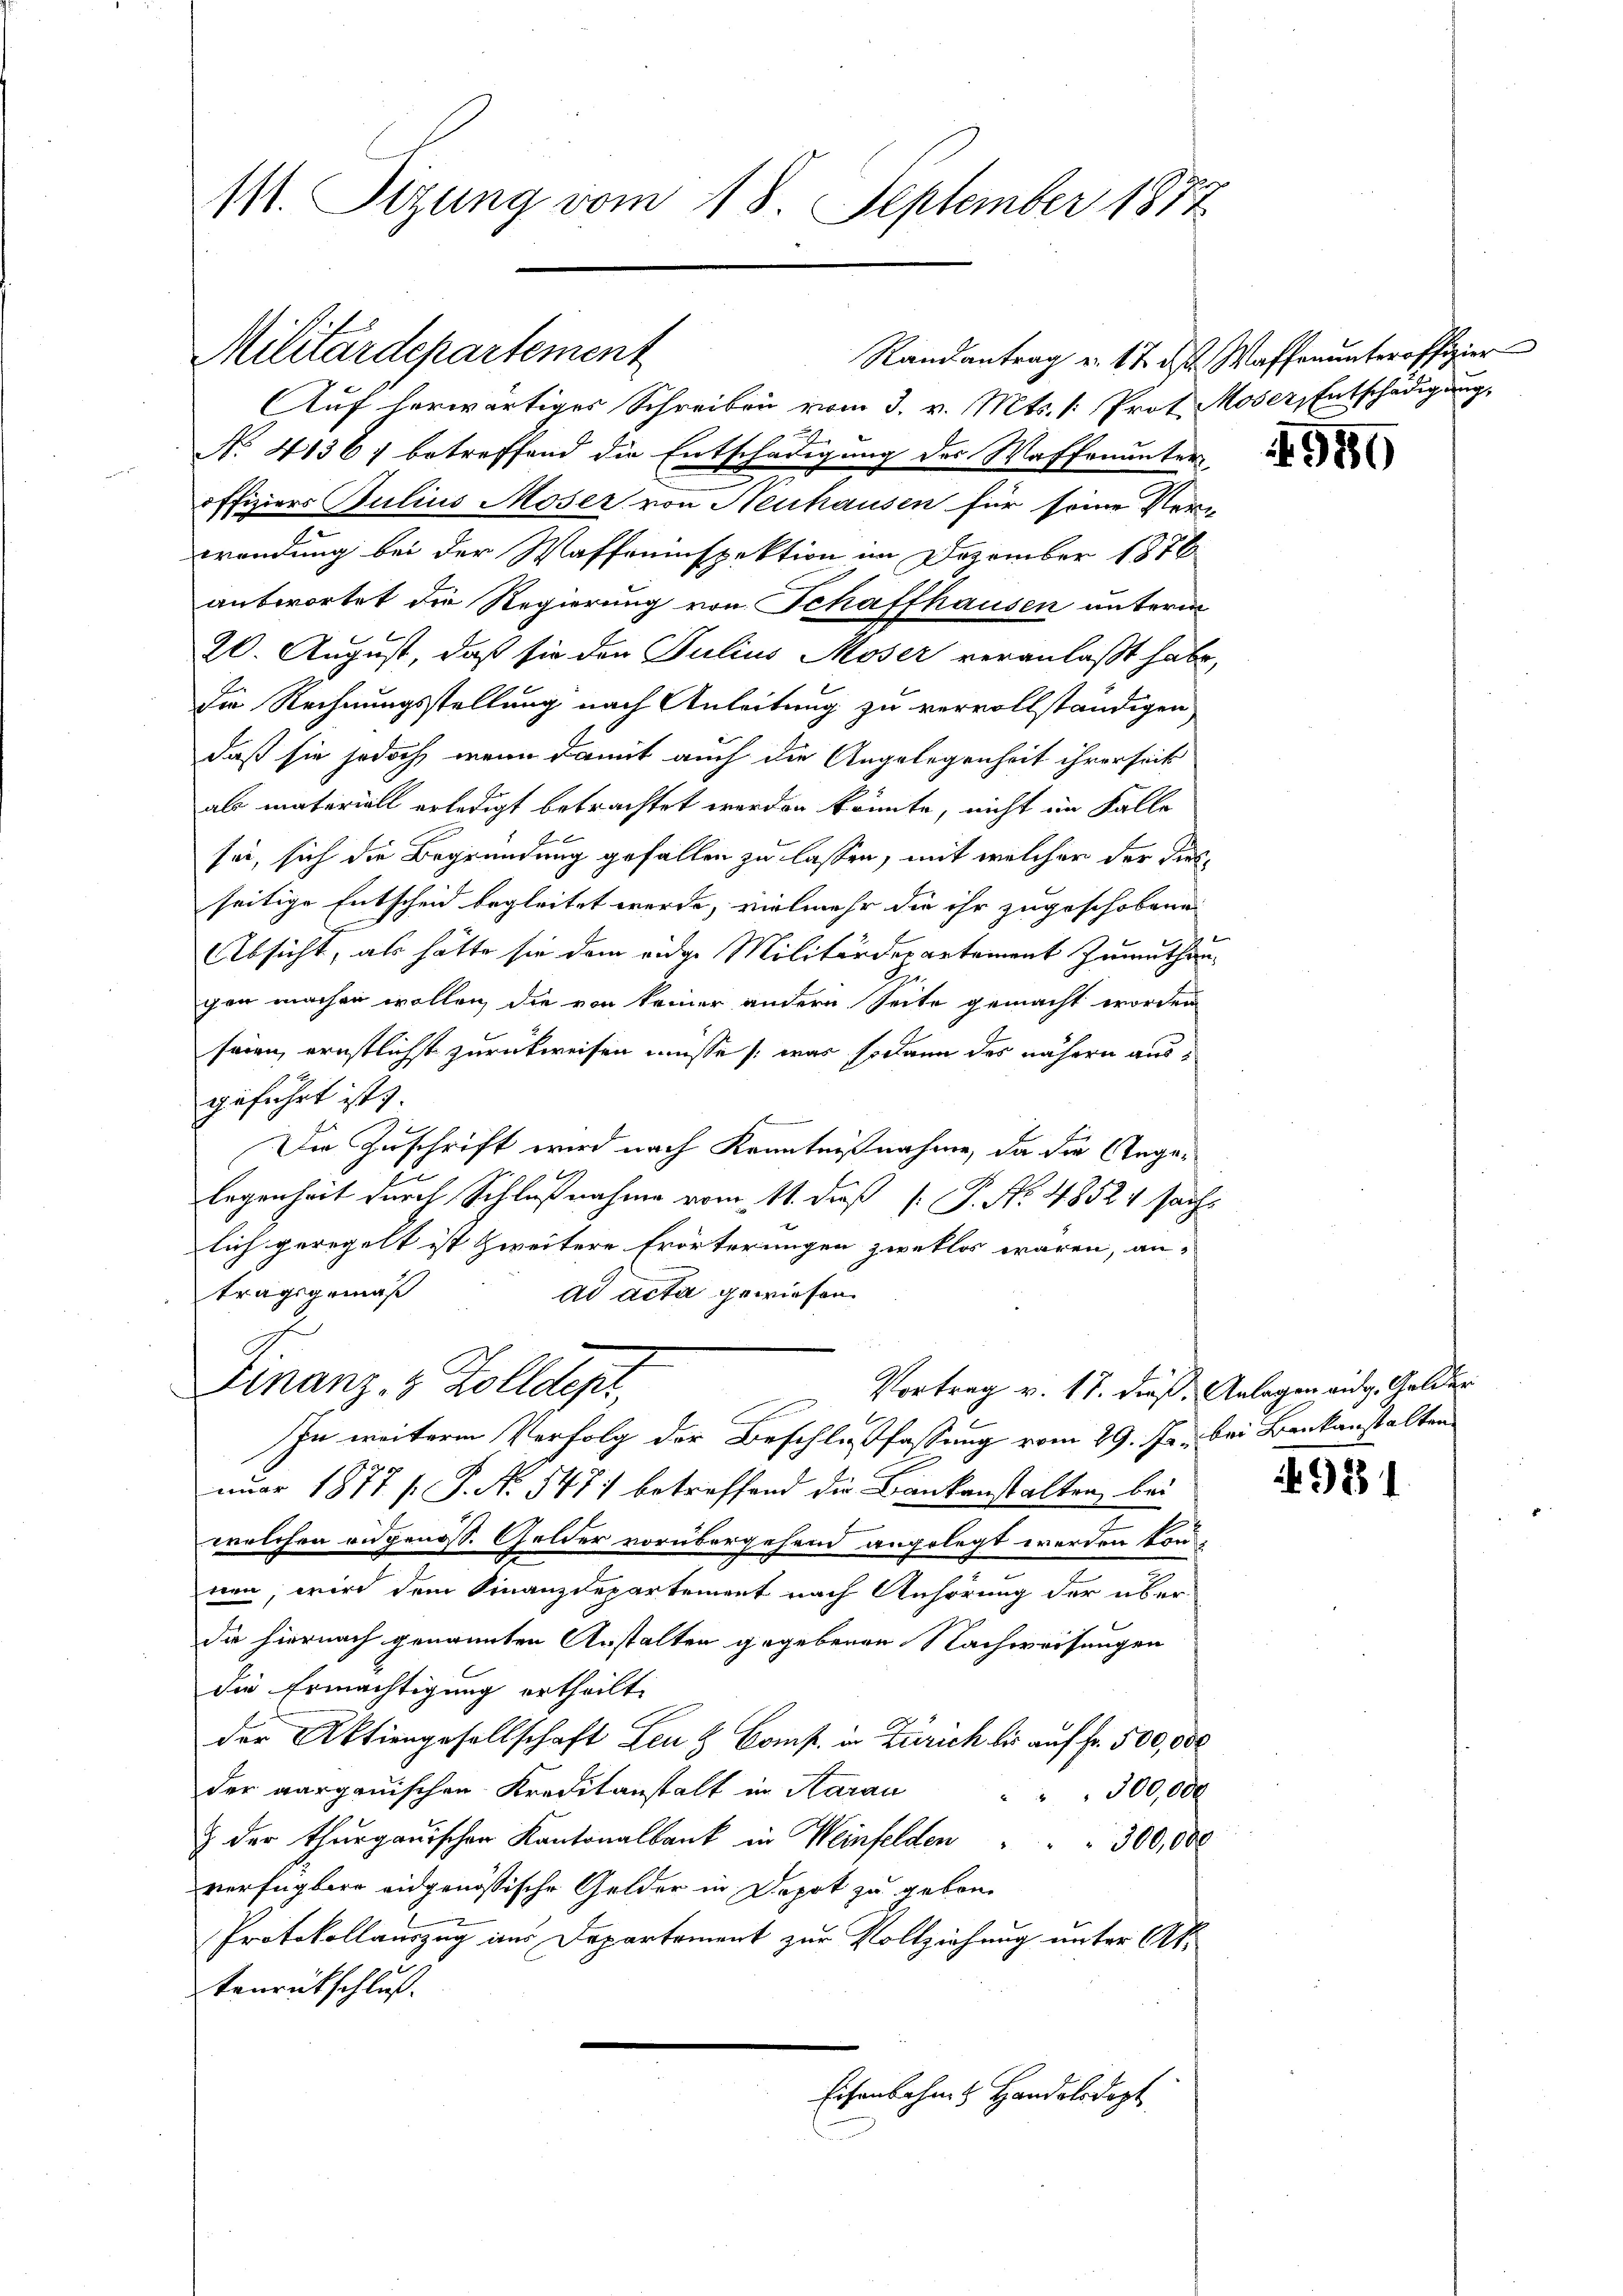
111. Sizung vom 18. September 1872

Militärdepartement

Auf herwärtiger Schreiben vom 3. v. Mts. /: Prot. Moser, Entschädigung,
No. 4136; betreffend die Entschädigung des Waffenunter
offiziers Julius Moser von Neuhausen für seine Ver-
wendung bei der Waffeeinspektion im Dezember 1876
anterortet die Regierung von Schaffhausen unterm
20. August, daß sie den Julius Moser veranlaßt habe
Die Rechnungsstellung nach Anleitung zu vervollständigen,
daß sie jedoch wenn damit auch die Angelegenheit ihrerseit
als materiell erledigt betrachtet werden könnte, nicht im Falle
sei, sich die Begründung gefallen zu lassen, mit welcher der Disseitige Entscheid begleitet werde, vielmehr die ihr zugeschobene
Absicht, als hätte sie dem eidge Militärdepartement zumuthen
gen machen wollen, die von keiner andern Seite gemacht worden
seien, ernstlichst zurückweisen müsse /: was sodann das nähern ausgeführt ist.
Die Zuschrift wird nach Kenntnißnahme, da die Angelegenheit durch Schlußnahme vom 11. daß [ P. No. 48521 sachlich geregelt ist zweitere Erörterungen zweklos waren, an-
tragsgemäß
ad acta gewiesen.
Finanz- & Zolldept
Vortrag v. 17. dieß. Anlagen eidg. Gelder
3
In weitere Verfolg der Beschlußfassung vom 29. Ja. bei Bankanstalten
nuar 1877 [ P. Nr. 547 betreffend die Bankanstalten bei
welchen ausgenöss. Gelder vorübergehend angelegt werden kon
nen, wird dem Finanzdepartement nach Anhörung der über-
die hiernach genannten Anstalten gegebenen Nachweisungen
die Ermächtigung ertheilt.
der Aktiengesellschaft Leu & Comp. in Zürich bis auf Fr. 500,000
der aarganischen Kreditanstalt in Aarau " " 300,000
& der Thurgauischen Kantonalbank in Weinfelden . . 300,000
verfügbare eidgenössische Gelder in Depot zu gebore
Protokollauszug aus Departement zur Vollziehung unter Aktenrückschluß.
Eisenbahnes Handelsdopt

Randantrag v. 17 des Waffenunteroffizier

1950

4981